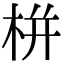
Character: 栟